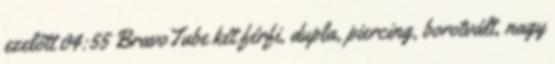
ezelőtt 04:55 BravoTube két férfi, dupla, piercing, borotvált, nagy